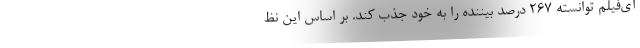
آی‌فیلم توانسته ۲۶۷ درصد بیننده را به خود جذب کند. بر اساس این نظ